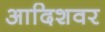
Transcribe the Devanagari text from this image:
आदिशवर